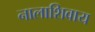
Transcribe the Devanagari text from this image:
नालाशिवाय